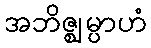
အဘိဇ္ဈမ္ပာဟံ